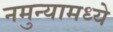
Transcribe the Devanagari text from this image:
नमुन्यामध्ये